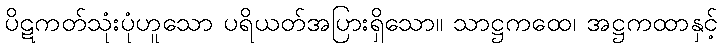
ပိဋကတ်သုံးပုံဟူသော ပရိယတ်အပြားရှိသော။ သာဋ္ဌကထေ၊ အဋ္ဌကထာနှင့်